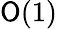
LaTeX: \mathsf{O}(1)